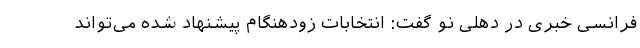
فرانسی خبری در دهلی نو گفت: انتخابات زودهنگام پیشنهاد شده می‌تواند